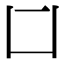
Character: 𠙵